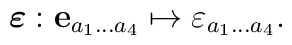
\mbox{\boldmath $\varepsilon$}: {\bf e}_{a_{1} \ldots a_{4}}\mapsto  \varepsilon_{a_{1} \ldots a_{4}}.